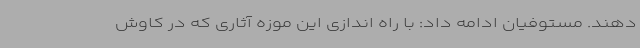
دهند. مستوفیان ادامه داد: با راه اندازی این موزه آثاری که در کاوش